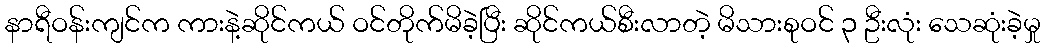
နာရီဝန်းကျင်က ကားနဲ့ဆိုင်ကယ် ဝင်တိုက်မိခဲ့ပြီး ဆိုင်ကယ်စီးလာတဲ့ မိသားစုဝင် ၃ ဦးလုံး သေဆုံးခဲ့မှု